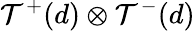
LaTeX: {\cal T}^{+}(d)\otimes{\cal T}^{-}(d)